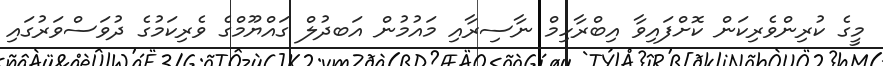
މީގެ ކުރިންވެރިކަން ކޮށްފައިވާ އިބްރާހިމް ނާސިރާއި މައުމުން އަބދުލް ގައްޔޫމްގެ ވެރިކަމުގެ ދުވަސްވަރުގައި